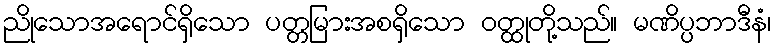
ညိုသောအရောင်ရှိသော ပတ္တမြားအစရှိသော ဝတ္ထုတို့သည်။ မဏိပ္ပဘာဒီနံ၊